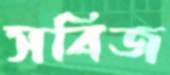
সবিজ